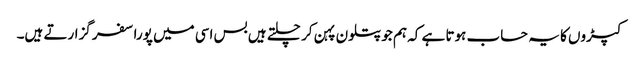
کپڑوں کا یہ حساب ہوتا ہے کہ ہم جو پتلون پہن کر چلتے ہیں بس اسی میں پورا سفر گزارتے ہیں۔